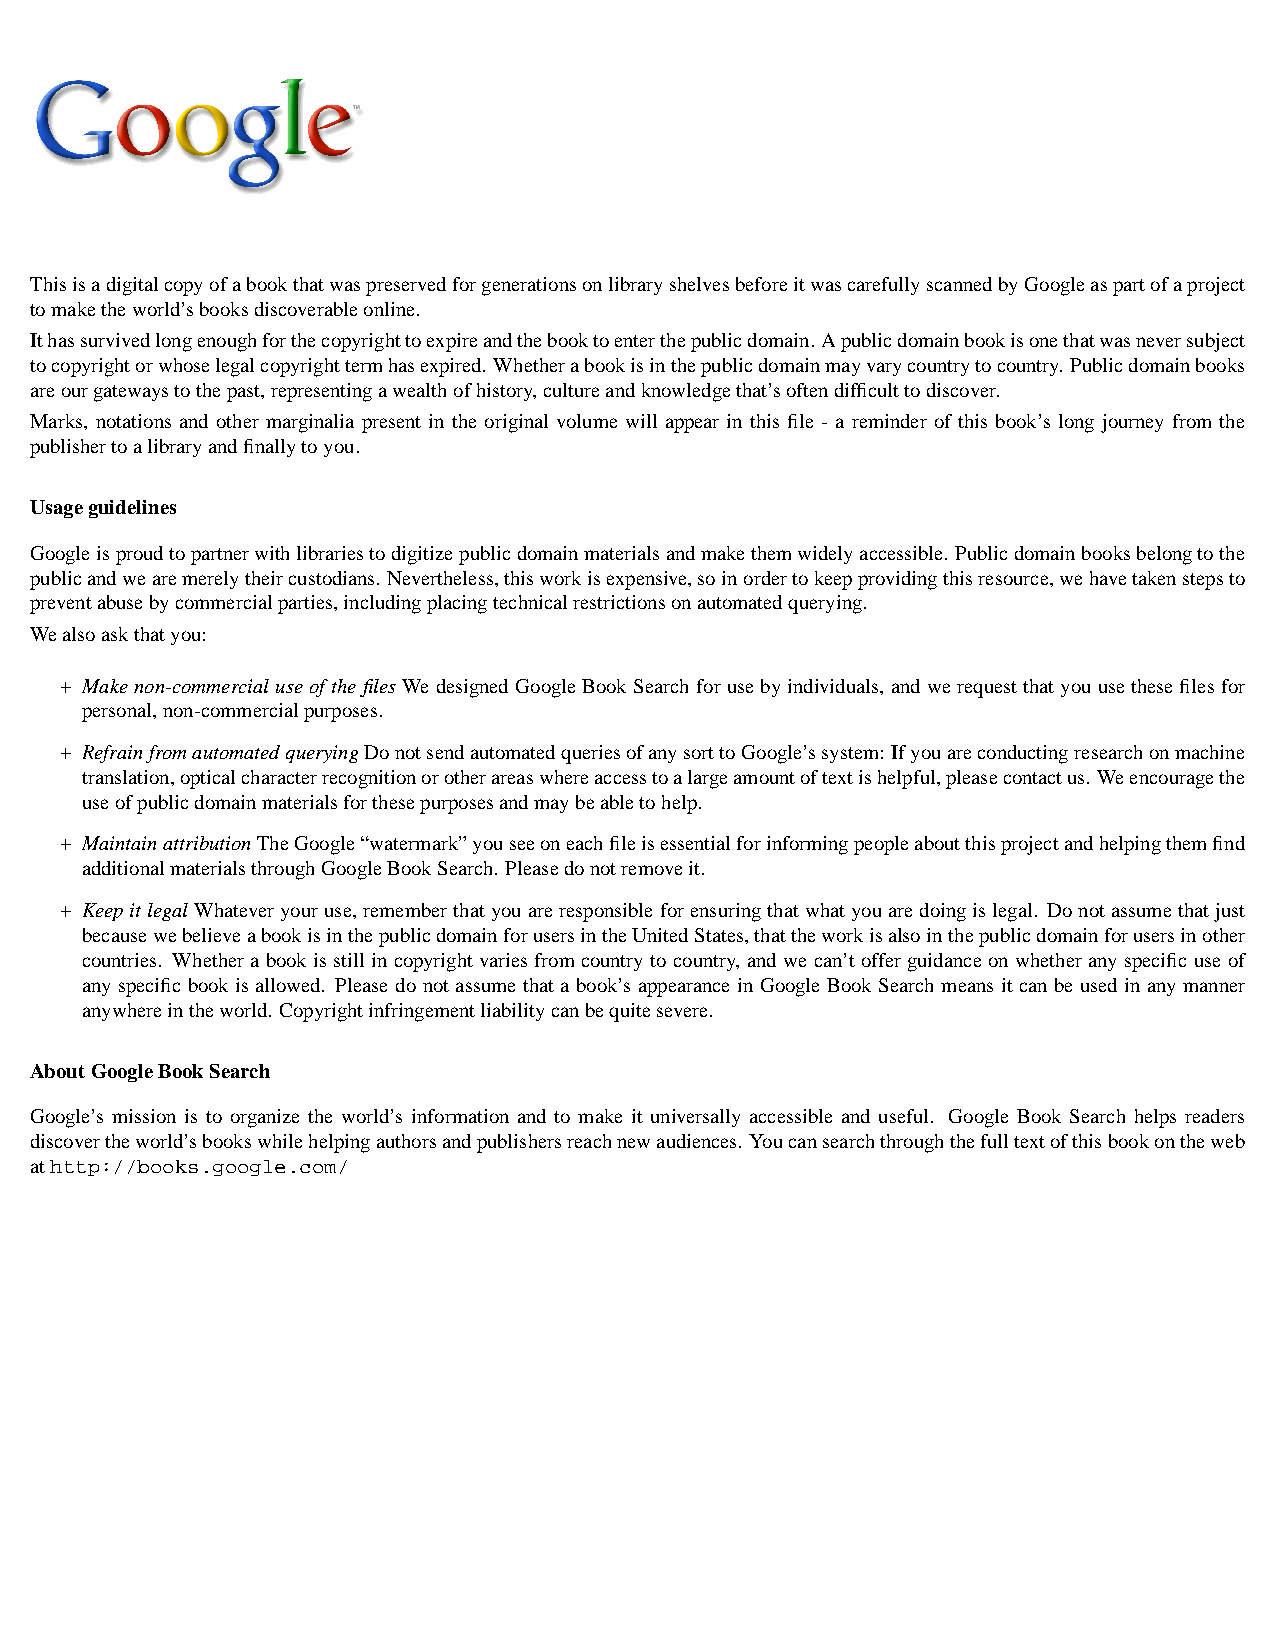
ThisisadigitalcopyofabookthatwaspreservedforgenerationsonlibraryshelvesbeforeitwascarefullyscannedbyGoogleaspartofaproject
 tomaketheworld’sbooksdiscoverableonline.
 Ithassurvivedlongenoughforthecopyrighttoexpireandthebooktoenterthepublicdomain. Apublicdomainbookisonethatwasneversubject
 tocopyrightorwhoselegalcopyrighttermhasexpired. Whetherabookisinthepublicdomainmayvarycountrytocountry. Publicdomainbooks
 areourgatewaystothepast,representingawealthofhistory,cultureandknowledgethat’softendifficulttodiscover.
 Marks, notations and other marginalia present in the original volume will appear in this file - a reminder of this book’s long journey from the
 publishertoalibraryandfinallytoyou.
 Usageguidelines
 Googleisproudtopartnerwithlibrariestodigitizepublicdomainmaterialsandmakethemwidelyaccessible. Publicdomainbooksbelongtothe
 publicandwearemerelytheircustodians. Nevertheless,thisworkisexpensive,soinordertokeepprovidingthisresource,wehavetakenstepsto
 preventabusebycommercialparties,includingplacingtechnicalrestrictionsonautomatedquerying.
 Wealsoaskthatyou:
 + Makenon-commercialuseofthefilesWedesignedGoogleBookSearchforusebyindividuals, andwerequestthatyouusethesefilesfor
 personal,non-commercialpurposes.
 + RefrainfromautomatedqueryingDonotsendautomatedqueriesofanysorttoGoogle’ssystem: Ifyouareconductingresearchonmachine
 translation,opticalcharacterrecognitionorotherareaswhereaccesstoalargeamountoftextishelpful,pleasecontactus. Weencouragethe
 useofpublicdomainmaterialsforthesepurposesandmaybeabletohelp.
 + MaintainattributionTheGoogle“watermark”youseeoneachfileisessentialforinformingpeopleaboutthisprojectandhelpingthemfind
 additionalmaterialsthroughGoogleBookSearch. Pleasedonotremoveit.
 + KeepitlegalWhateveryouruse,rememberthatyouareresponsibleforensuringthatwhatyouaredoingislegal. Donotassumethatjust
 becausewebelieveabookisinthepublicdomainforusersintheUnitedStates,thattheworkisalsointhepublicdomainforusersinother
 countries. Whetherabookisstillincopyrightvariesfromcountrytocountry, andwecan’tofferguidanceonwhetheranyspecificuseof
 any specific book is allowed. Please do not assume that a book’s appearance in Google Book Search means it can be used in any manner
 anywhereintheworld. Copyrightinfringementliabilitycanbequitesevere.
 AboutGoogleBookSearch
 Google’s mission is to organize the world’s information and to make it universally accessible and useful. Google Book Search helps readers
 discovertheworld’sbookswhilehelpingauthorsandpublishersreachnewaudiences. Youcansearchthroughthefulltextofthisbookontheweb
 athttp://books.google.com/
 1